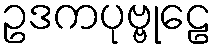
ဥဒကပုဗ္ဗုဠေ